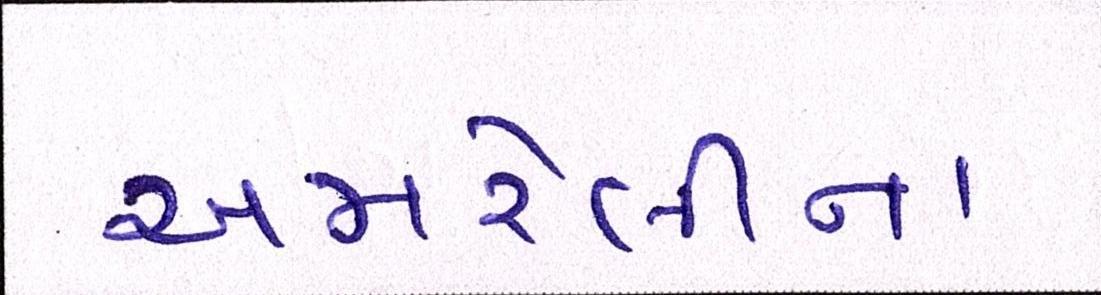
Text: અમરેલીના